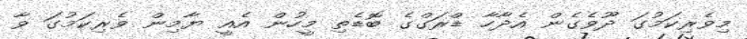
މިވެރިކަމުގަ ދޫވެގެން އެދާހާ ޑްރަގްގެ ބޮޑެތި މީހުން އެއީ ޔާމިން ވެރިކަމުގަ ވާ